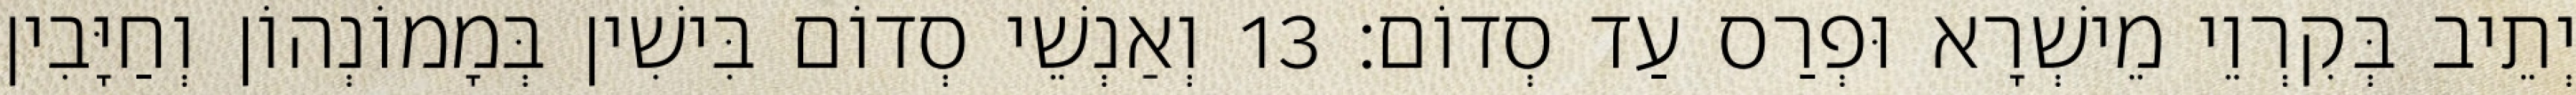
יְתֵיב בְּקִרְוֵי מֵישְׁרָא וּפְרַס עַד סְדוֹם׃ 13 וְאַנְשֵׁי סְדוֹם בִּישִׁין בְּמָמוֹנְהוֹן וְחַיָּבִין